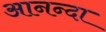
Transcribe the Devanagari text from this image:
आनन्दा